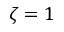
\zeta = 1